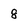
Character: 8